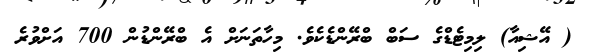
( އޭޝިއާ) ލިމިޓެޑްގެ ސަބް ބްރޭންޑެކެވެ. މިހާތަނަށް އެ ބްރޭންޑުން 700 އަށްވުރެ